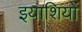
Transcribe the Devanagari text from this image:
इयाशियों